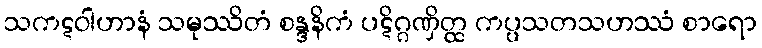
သကဋဝါဟာနံ သမုဿိတံ စန္ဒနိကံ ပဋိဂ္ဂဏှိတ္ထ ကပ္ပသတသဟဿံ စာရော